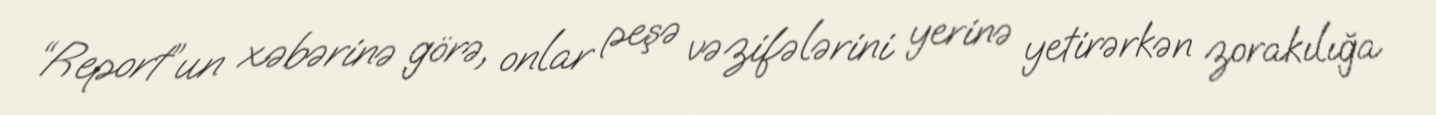
“Report”un xəbərinə görə, onlar peşə vəzifələrini yerinə yetirərkən zorakılığa